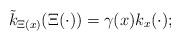
LaTeX: \begin{align*}\tilde{k}_{\Xi(x)}(\Xi(\cdot))=\gamma(x)k_{x}(\cdot); \end{align*}